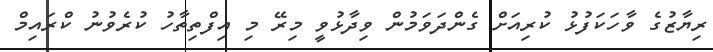
ރިޔާޒުގެ ވާހަކަފުޅު ކުރިއަށް ގެންދަވަމުން ވިދާޅުވީ މިރޭ މި އިފްތިތާހު ކުރެވުނު ކްރައިމް